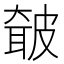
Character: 㿴